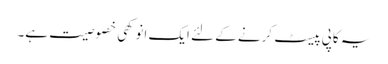
یہ کاپی پیسٹ کرنے کے لئے ایک انوکھی خصوصیت ہے۔